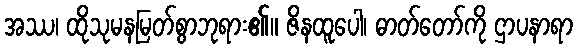
အဿ၊ ထိုသုမနမြတ်စွာဘုရား၏။ ဇိနထူပေါ၊ ဓာတ်တော်ကို ဌာပနာရာ